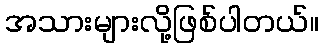
အသားများလို့ဖြစ်ပါတယ်။